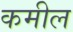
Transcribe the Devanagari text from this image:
कमील